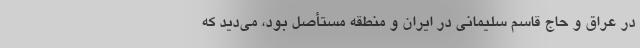
در عراق و حاج قاسم سلیمانی در ایران و منطقه مستأصل بود، می‌دید که